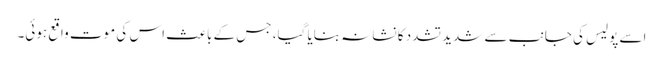
اسے پولیس کی جانب سے شدید تشدد کا نشانہ بنایا گیا، جس کے باعث اس کی موت واقع ہوئی۔